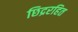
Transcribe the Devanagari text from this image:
छिद्ररहित